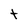
Character: t